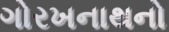
ગોરખનાથનો